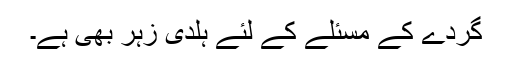
گردے کے مسئلے کے لئے ہلدی زہر بھی ہے۔